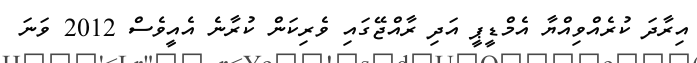
އިރާދަ ކުރެއްވިއްޔާ އެމްޑީޕީ އަދި ރާއްޖޭގައި ވެރިކަން ކުރާނެ އެއީވެސް 2012 ވަނަ